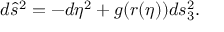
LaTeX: d \hat { s } ^ { 2 } = - d \eta ^ { 2 } + g ( r ( \eta ) ) d s _ { 3 } ^ { 2 } .